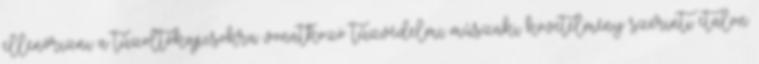
ellenõrizni a tûzoltókapcsokra vonatkozó tûzvédelmi mûszaki követelmény szerinti etalon